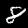
Label: 8